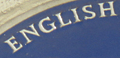
ENGLISH